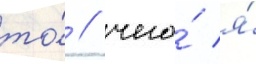
то́ / чего́ я́